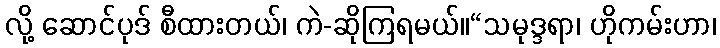
လို့ ဆောင်ပုဒ် စီထားတယ်၊ ကဲ-ဆိုကြရမယ်။“သမုဒ္ဒရာ၊ ဟိုကမ်းဟာ၊